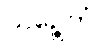
ယဉ္စေတံ